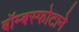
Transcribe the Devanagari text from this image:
बॉम्बस्फोटाने